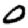
Digit: 0